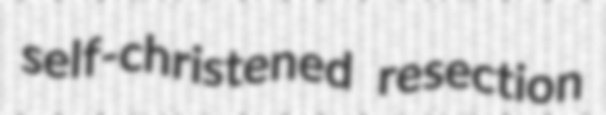
self-christened resection